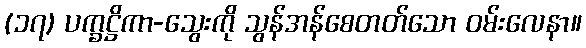
(၁၇) ပက္ခဋ္ဌိကာ-သွေးကို သွန်အန်စေတတ်သော ဝမ်းလေနာ။